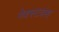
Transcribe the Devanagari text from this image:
नेक्स्टवंस